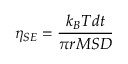
\eta _ { S E } = \frac { k _ { B } T d t } { \pi r M S D }